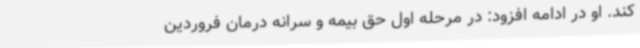
کند. او در ادامه افزود: در مرحله اول حق بیمه و سرانه درمان فروردین